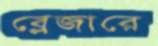
ব্লেজারে